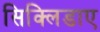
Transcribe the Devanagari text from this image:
सिक्लिडाए